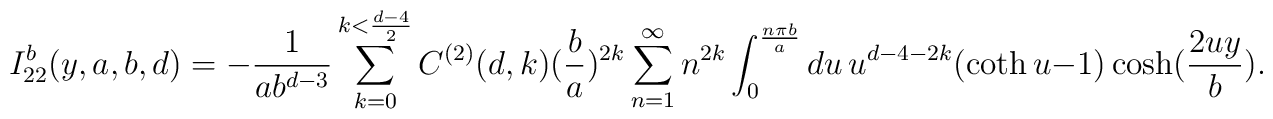
I_{22}^{b}(y,a,b,d)=-\frac{1}{ab^{d-3}}\sum^{k< \frac{d-4}{2}}_{k=0}C^{(2)}(d,k)(\frac{b}{a})^{2k}\sum_{n=1}^{\infty}n^{2k}\int_{0}^{\frac{n\pi b}{a}} du\, u^{d-4-2k}(\coth u -1)\cosh(\frac{2uy}{b}).